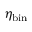
\eta _ { \mathrm { b i n } }